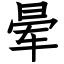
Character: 晕